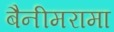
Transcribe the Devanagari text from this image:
बैनीमरामा